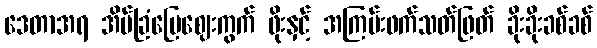
ဒေတာအရ အိမ်ခြံမြေဈေးကွက် ဖိုးနှင့် အကြမ်းဖက်သတ်ဖြတ် ခိုးခိုးခစ်ခစ်